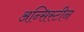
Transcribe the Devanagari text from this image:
अन्सिस्टीन